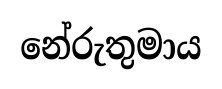
නේරුතුමාය